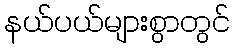
နယ်ပယ်များစွာတွင်